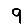
Digit: 9